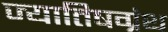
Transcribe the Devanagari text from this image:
ज्यातिषग्रंथ